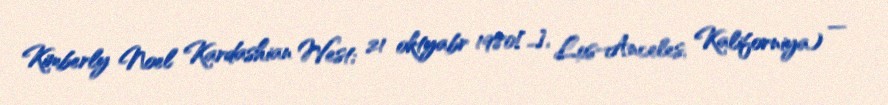
Kimberly Noel Kardashian West; 21 oktyabr 1980[…], Los-Anceles, Kaliforniya) —